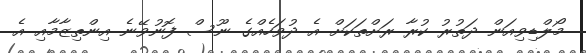
މޯލްޑިވިއަން ދަތުރު ކުރާ ރަށްތަކަށް އެ ދުވަހެއްގެ ނޫސް ފޮނުވޭނެ އިންތިޒާމާއި އެ